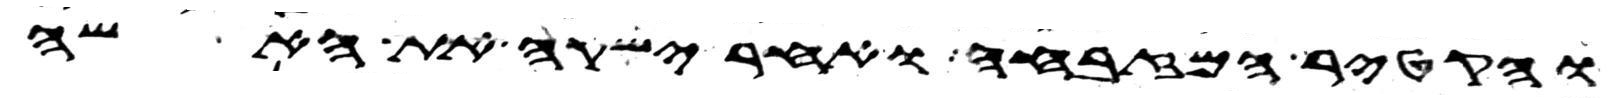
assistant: והקטיר המזבחה ואחר ישקה את האשה